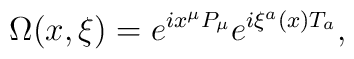
\Omega(x,\xi)=e^{i x^\mu P_\mu} e^{i\xi^a(x) T_a},